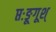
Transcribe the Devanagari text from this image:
प्तःङूगूश्